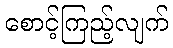
စောင့်ကြည့်လျက်